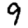
Digit: 9